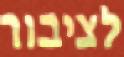
לציבור